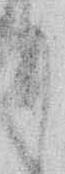
り